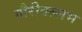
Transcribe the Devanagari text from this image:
गौरीवल्लभ